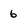
Character: 6